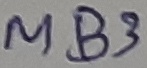
Text: MB3